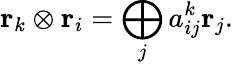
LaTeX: {\mathbf r}_{k}\otimes{\mathbf r}_{i}=\bigoplus_{j}a_{ij}^{k}{\mathbf r}_{j}.